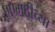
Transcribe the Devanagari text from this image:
एएमटीच्या